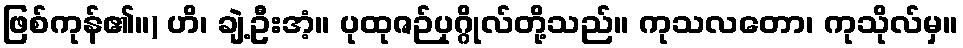
ဖြစ်ကုန်၏။) ဟိ၊ ချဲ့ဦးအံ့။ ပုထုဇဉ်ပုဂ္ဂိုလ်တို့သည်။ ကုသလတော၊ ကုသိုလ်မှ။